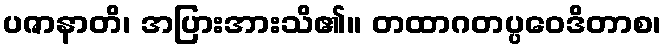
ပဇာနာတိ၊ အပြားအားသိ၏။ တထာဂတပ္ပဝေဒိတာစ၊